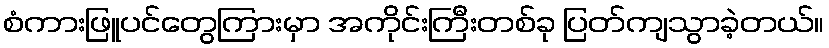
စံကားဖြူပင်တွေကြားမှာ အကိုင်းကြီးတစ်ခု ပြတ်ကျသွာခဲ့တယ်။